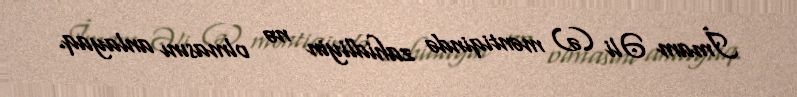
İmam Əli (ə) məntiqində zahidliyin nə olmasını anlayaq.